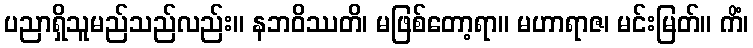
ပညာရှိသူမည်သည်လည်း။ နဘဝိဿတိ၊ မဖြစ်တော့ရာ။ မဟာရာဇ၊ မင်းမြတ်။ ကိံ၊